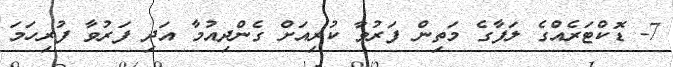
7- ޑޮކްޓަރެއްގެ ލަފާގެ މަތިން ފަރުވާ ކުރިއަށް ގެންދިއުމާ އަދި ފަރުވާ ފުރިހަމަ